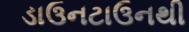
ડાઉનટાઉનથી